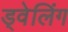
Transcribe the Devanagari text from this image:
ड्वेलिंग